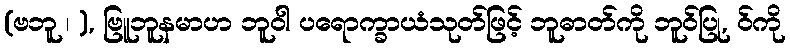
(ဗဘူ ၊ ), ဗြူဘူနမာဟ ဘူဝါ ပရောက္ခာယံသုတ်ဖြင့် ဘူဓာတ်ကို ဘူဝ်ပြု, ဝ်ကို